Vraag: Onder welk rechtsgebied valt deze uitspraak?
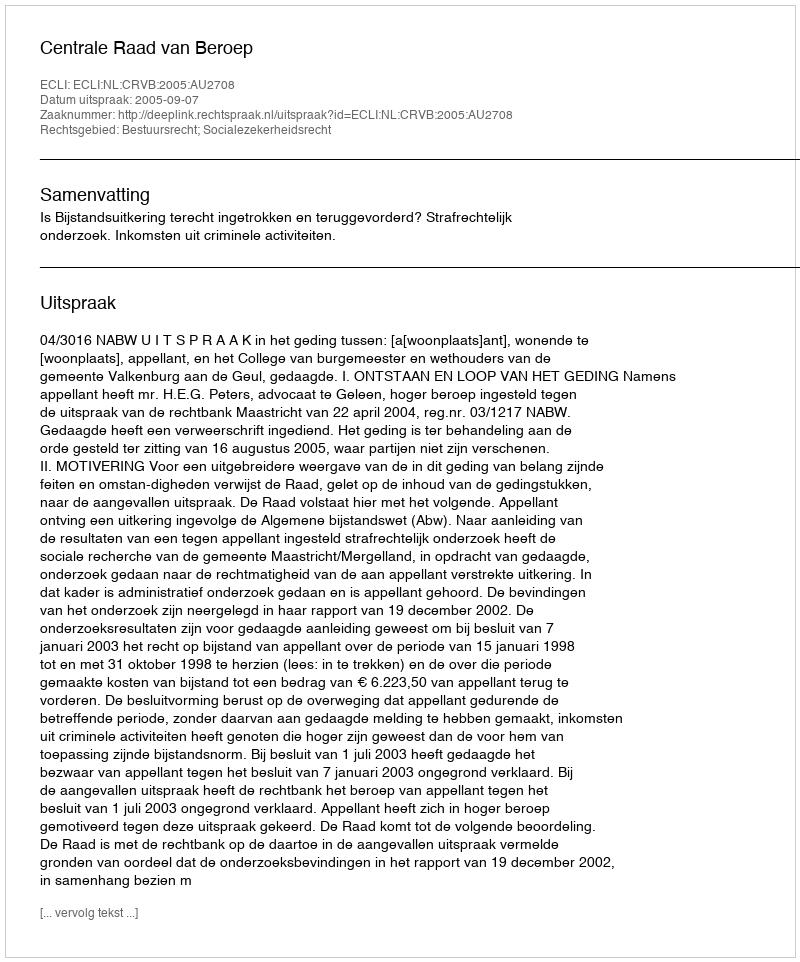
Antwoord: Bestuursrecht; Socialezekerheidsrecht